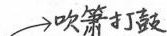
吹箫打鼓